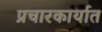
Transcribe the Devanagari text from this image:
प्रचारकार्यात